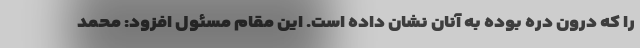
را که درون دره بوده به آنان نشان داده است. این مقام مسئول افزود: محمد